Government Evacuation Scheme: Educational provision, 1939
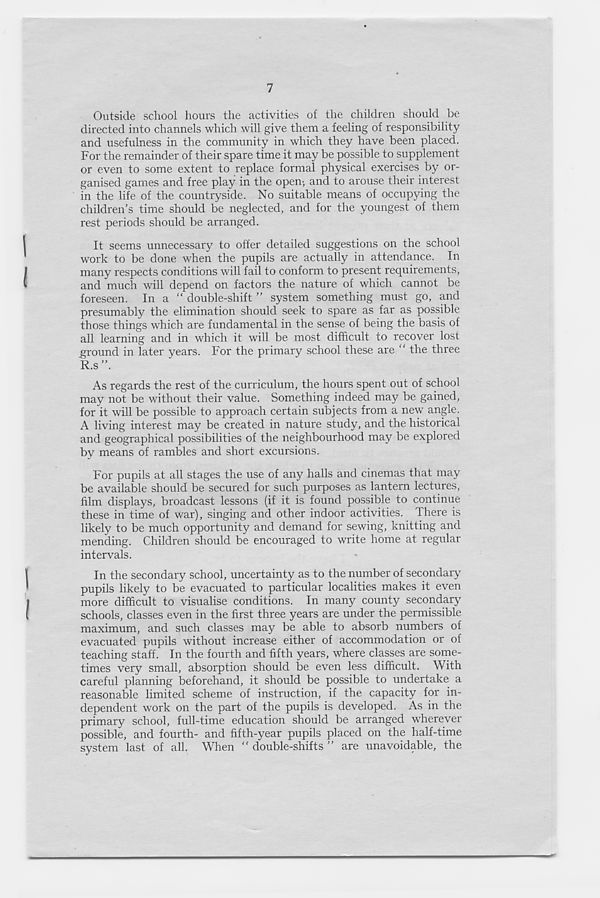
7
Outside school hours the activities of the children should be
directed into channels which will give them a feeling of responsibility
and usefulness in the community in which they have been placed.
For the remainder of their spare time it may be possible to supplement
or even to some extent to replace formal physical exercises by or-
ganised games and free play in the open-, and to arouse their interest
in the life of the countryside. No suitable means of occupying the
children’s time should be neglected, and for the youngest of them
rest periods should be arranged.
It seems unnecessary to offer detailed suggestions on the school
work to be done when the pupils are actually in attendance. In
many respects conditions will fail to conform to present requirements,
and much will depend on factors the nature of which cannot be
foreseen. In a “ double-shift ” system something must go, and
presumably the elimination should seek to spare as far as possible
those things which are fundamental in the sense of being the basis of
all learning and in which it will be most difficult to recover lost
ground in later years. For the primary school these are “ the three
R.s”
As regards the rest of the curriculum, the hours spent out of school
may not be without their value. Something indeed may be gained,
for it will be possible to approach certain subjects from a new angle.
A living interest may be created in nature study, and the historical
and geographical possibilities of the neighbourhood may be explored
by means of rambles and short excursions.
For pupils at all stages the use of any halls and cinemas that may
be available should be secured for such purposes as lantern lectures,
film displays, broadcast lessons (if it is found possible to continue
these in time of war), singing and other indoor activities. There is
likely to be much opportunity and demand for sewing, knitting and
mending. Children should be encouraged to write home at regular
intervals.
In the secondary school, uncertainty as to the number of secondary
pupils likely to be evacuated to particular localities makes it even
more difficult to visualise conditions. In many county secondary
schools, classes even in the first three years are under the permissible
maximum, and such classes may be able to absorb numbers of
evacuated pupils without increase either of accommodation or of
teaching staff. In the fourth and fifth years, where classes are some-
times very small, absorption should be even less difficult. With
careful planning beforehand, it should be possible to undertake a
reasonable limited scheme of instruction, if the capacity for in-
dependent work on the part of the pupils is developed. As in the
primary school, full-time education should be arranged wherever
possible, and fourth- and fifth-year pupils placed on the half-time
system last of all. When “ double-shifts ” are unavoidable, the